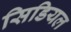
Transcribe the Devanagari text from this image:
सिडियल